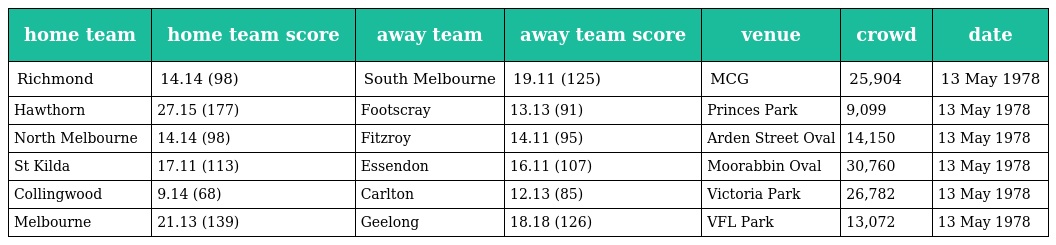
| home team | home team score | away team | away team score | venue | crowd | date |
 | --- | --- | --- | --- | --- | --- | --- |
 | Richmond | 14.14 (98) | South Melbourne | 19.11 (125) | MCG | 25,904 | 13 May 1978 |
 | Hawthorn | 27.15 (177) | Footscray | 13.13 (91) | Princes Park | 9,099 | 13 May 1978 |
 | North Melbourne | 14.14 (98) | Fitzroy | 14.11 (95) | Arden Street Oval | 14,150 | 13 May 1978 |
 | St Kilda | 17.11 (113) | Essendon | 16.11 (107) | Moorabbin Oval | 30,760 | 13 May 1978 |
 | Collingwood | 9.14 (68) | Carlton | 12.13 (85) | Victoria Park | 26,782 | 13 May 1978 |
 | Melbourne | 21.13 (139) | Geelong | 18.18 (126) | VFL Park | 13,072 | 13 May 1978 |